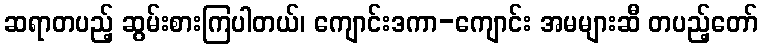
ဆရာတပည့် ဆွမ်းစားကြပါတယ်၊ ကျောင်းဒကာ-ကျောင်း အမများဆီ တပည့်တော်